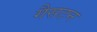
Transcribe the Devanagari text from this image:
गैसटन